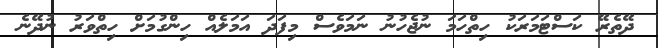
ދޭތެރޭ ކަސްޓަމަރަކު ހިތްހަމަ ނުޖެހުނު ނަމަވެސް މިފަދަ އަމަލެއް ހިންގުމަށް ހިތްވަރު ނުދޭނެ